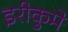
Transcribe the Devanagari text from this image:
इरीकुमे